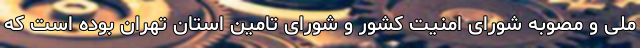
ملی و مصوبه شورای امنیت کشور و شورای تامین استان تهران بوده است که